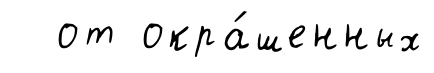
от окра́шенных